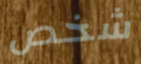
شخص